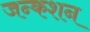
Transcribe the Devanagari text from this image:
जन्कशन